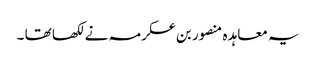
یہ معاہد ہ منصور بن عکرمہ نے لکھا تھا ۔